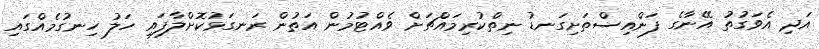
އަދި އެވަގުތު އޭނާގެ ފަންއިސްތަށިގަނޑު ނިތްކުރިމައްޗަށް ވެއްޓުމުން އަތުން ރަނގަޅުކޮށްލާފައި ހަލު ހިނގުމެއްގައި